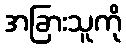
အခြားသူကို